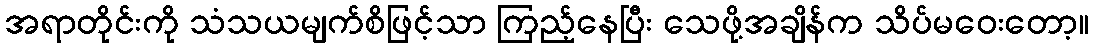
အရာတိုင်းကို သံသယမျက်စိဖြင့်သာ ကြည့်နေပြီး သေဖို့အချိန်က သိပ်မဝေးတော့။